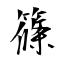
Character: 篠